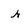
Character: r